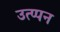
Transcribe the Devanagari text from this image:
उत्प्पन